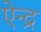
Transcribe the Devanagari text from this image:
ऐन्‍द्र